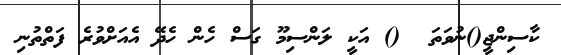
ކާސިންޖީ()ނުވަތަ  () އަކީ ލަންސިމޫ ގަސް ހެން ހެދޭ އެއަށްވުރެ ފަތްތުނި